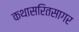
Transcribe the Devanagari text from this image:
कथासरितसागर